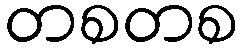
တစတစ